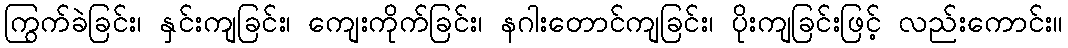
ကြွက်ခဲခြင်း၊ နှင်းကျခြင်း၊ ကျေးကိုက်ခြင်း၊ နဂါးတောင်ကျခြင်း၊ ပိုးကျခြင်းဖြင့် လည်းကောင်း။